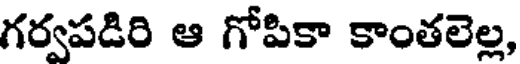
గర్వపడిరి ఆ గోపికా కాంతలెల్ల,